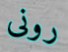
رونى